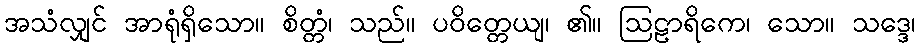
အသံလျှင် အာရုံရှိသော။ စိတ္တံ၊ သည်။ ပဝိတ္တေယျ၊ ၏။ ဩဠာရိကေ၊ သော။ သဒ္ဒေ၊